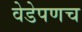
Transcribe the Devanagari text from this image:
वेडेपणच